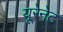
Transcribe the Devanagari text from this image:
यूरेनेट